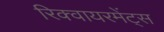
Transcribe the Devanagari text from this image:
रिक्वायरमेंट्स